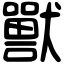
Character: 獸